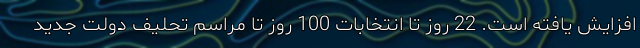
افزایش یافته است. 22 روز تا انتخابات 100 روز تا مراسم تحلیف دولت جدید